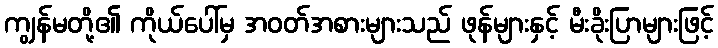
ကျွန်မတို့၏ ကိုယ်ပေါ်မှ အဝတ်အစားများသည် ဖုန်များနှင့် မီးခိုးပြာများဖြင့်